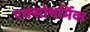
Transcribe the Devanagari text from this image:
एक्सोथर्मिक